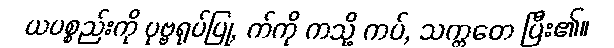
ယပစ္စည်းကို ပုဗ္ဗရုပ်ပြု, က်ကို ကသို့ ကပ်, သက္ကတေ ပြီး၏။